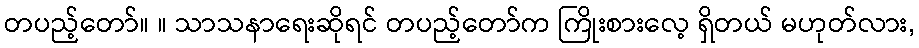
တပည့်တော်။ ။ သာသနာရေးဆိုရင် တပည့်တော်က ကြိုးစားလေ့ ရှိတယ် မဟုတ်လား,